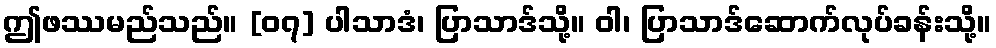
ဤဖဿမည်သည်။ [၀၇] ပါသာဒံ၊ ပြာသာဒ်သို့။ ဝါ၊ ပြာသာဒ်ဆောက်လုပ်ခန်းသို့။